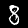
Digit: 8